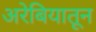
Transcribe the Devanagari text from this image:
अरेबियातून